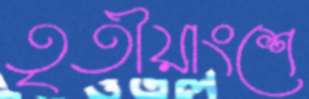
তৃতীয়াংশে